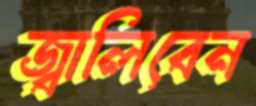
জ্বালিবেন